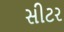
સીટર